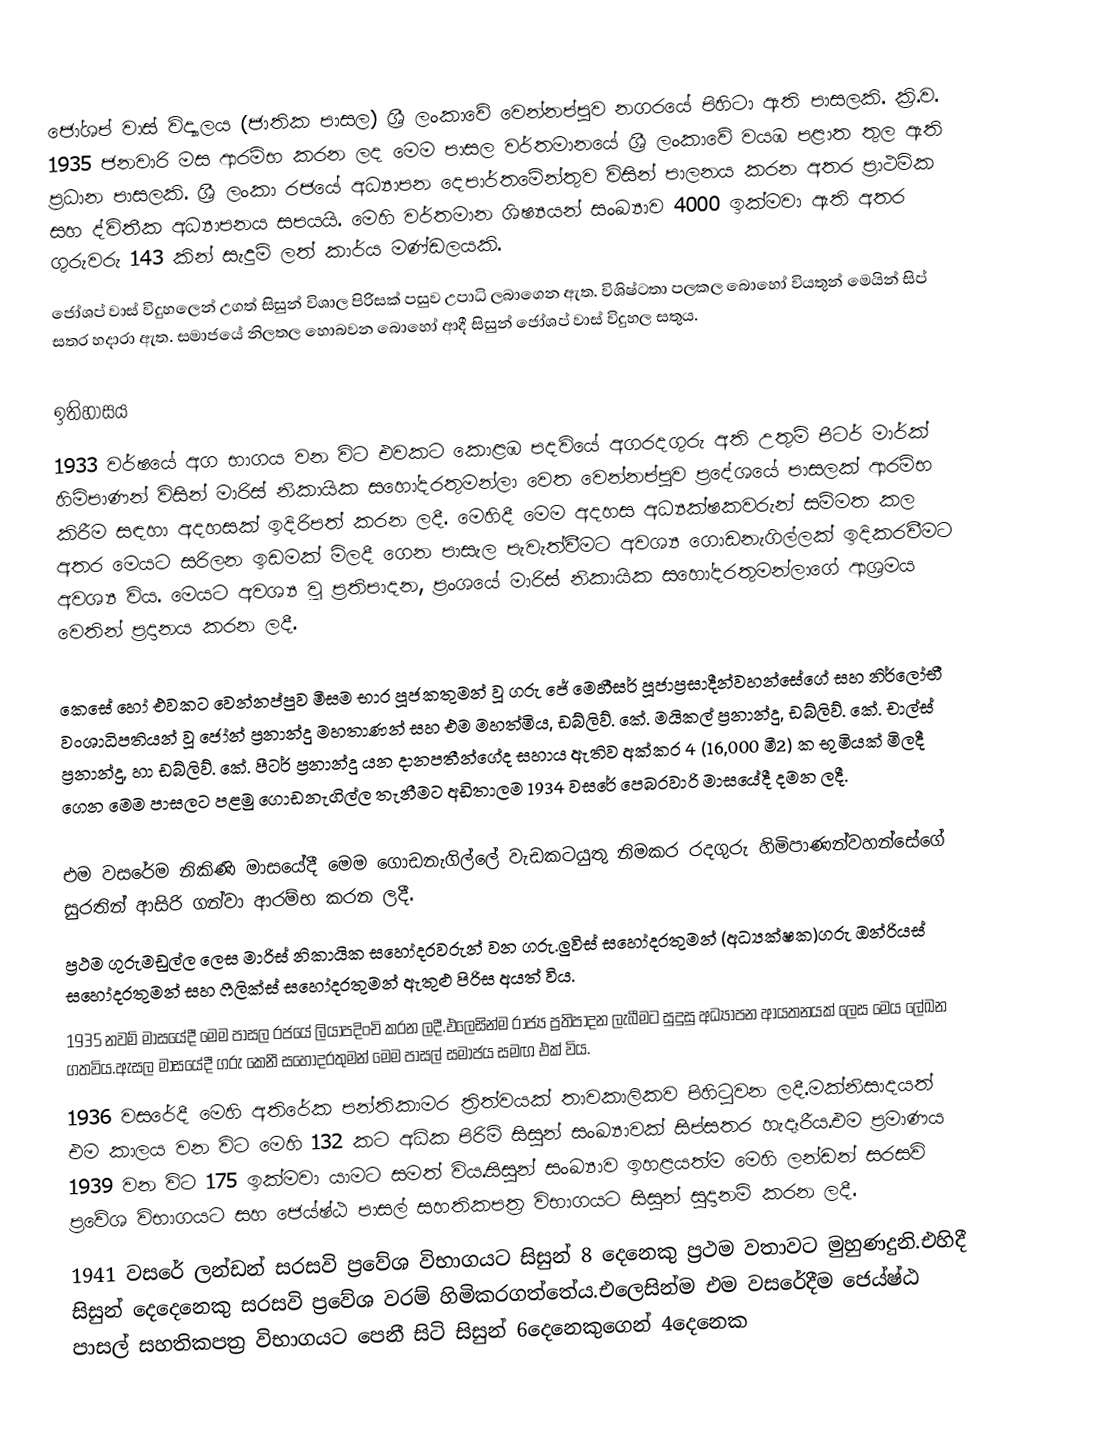
ජෝශප් වාස් විද්‍යාලය (ජාතික පාසල) ශ්‍රී ලංකාවේ වෙන්නප්පුව නගරයේ පිහිටා ඇති පාසලකි. ක්‍රි.ව. 1935 ජනවාරි මස ආරම්භ කරන ලද මෙම පාසල වර්තමානයේ ශ්‍රී ලංකාවේ වයඹ පළාත තුල ඇති ප්‍රධාන පාසලකි. ශ්‍රී ලංකා රජයේ අධ්‍යාපන දෙපාර්තමේන්තුව විසින් පාලනය කරන අතර ප්‍රාථමික සහ ද්විතීක අධ්‍යාපනය සපයයි. මෙහි වර්තමාන ශිෂ්‍යයන් සංඛ්‍යාව 4000 ඉක්මවා ඇති අතර ගුරුවරු 143 කින් සැදුම් ලත් කාර්ය මණ්ඩලයකි.
ජෝශප් වාස් විදුහලෙන් උගත් සිසුන් ‍‍විශාල පිරිසක් පසුව උපාධි ලබාගෙන ඇත. විශිෂ්ටතා පලකල බොහෝ වියතුන් මෙයින් සිප් සතර හදාරා ඇත. සමාජයේ නිලතල හොබවන බොහෝ ආදී සිසුන් ජෝශප් වාස් විදුහල සතුය.

ඉතිහාසය
1933 වර්ෂයේ අග භාගය වන විට එවකට කොළඹ පදවියේ අගරදගුරු අති උතුම් පීටර් මාර්ක් හිමිපාණන් විසින් මාරිස්  නිකායික සහෝදරතුමන්ලා වෙත වෙන්නප්පුව ප්‍රදේශයේ පාසලක් ආරම්භ කිරීම සඳහා අදහසක් ඉදිරිපත් කරන ලදී. මෙහිදී මෙම අදහස අධ්‍යක්ෂකවරුන් සම්මත කල අතර මෙයට සරිලන ඉඩමක් මිලදී ගෙන පාසැල පැවැත්වීමට අවශ්‍ය ගොඩනැගිල්ලක් ඉදිකරවීමට අවශ්‍ය විය. මෙයට අවශ්‍ය වූ ප්‍රතිපාදන, ප්‍රංශයේ මාරිස්  නිකායික සහෝදරතුමන්ලාගේ ආශ්‍රමය වෙතින් ප්‍රදානය කරන ලදී.

කෙසේ හෝ එවකට වෙන්නප්පුව මීසම භාර පූජකතුමන් වූ ගරු ජේ මෙහීසර් පූජාප්‍රසාදීන්වහන්සේගේ සහ නිර්ලෝභී වංශාධිපතියන් වූ ජෝන් ප්‍රනාන්දු මහතාණන් සහ එම මහත්මිය,  ඩබ්ලිව්. කේ. මයිකල් ප්‍රනාන්දු, ඩබ්ලිව්. කේ. චාල්ස් ප්‍රනාන්දු, හා  ඩබ්ලිව්. කේ. පීටර් ප්‍රනාන්දු යන දානපතීන්ගේද සහාය ඇතිව අක්කර 4  (16,000 මී2) ක භුමියක් මිලදී ගෙන මෙම පාසලට පළමු ගොඩනැගිල්ල තැනීමට අඩිතාලම 1934 වසරේ පෙබරවාරි මාසයේදී දමන ලදී.

එම වසරේම නිකිණි මාසයේදී මෙම ගොඩනැගිල්ලේ වැඩකටයුතු නිමකර රදගුරු හිමිපාණන්වහන්සේගේ සුරතින් ආසිරි ගන්වා ආරම්භ කරන ලදී.
ප්‍රථම ගුරුමඩුල්ල ලෙස මාරිස් නිකායික සහෝදරවරුන් වන ගරු.ලුවිස් සහෝදරතුමන් (අධ්‍යක්ෂක)ගරු ඔන්රියස් සහෝදරතුමන් සහ ෆීලික්ස් සහෝදරතුමන් ඇතුළු පිරිස අයත් විය.
1935 නවම් මාසයේදී මෙම පාසල රජයේ ලියාපදිංචි කරන ලදී.එලෙසින්ම රාජ්‍ය ප්‍රතිපාදන ලැබීමට සුදුසු අධ්‍යාපන ආයතනයක් ලෙස මෙය ලේඛන ගතවිය.ඇසල මාසයේදී ගරු කෙනී සහෝදරතුමන් මෙම පාසල් සමාජය සමඟ එක් විය.
1936 වසරේදී මෙහි අතිරේක පන්තිකාමර ත්‍රිත්වයක් තාවකාලිකව පිහිටුවන ලදී.මක්නිසාදයත් එම කාලය වන විට මෙහි 132 කට අධික පිරිමි සිසුන් සංඛ්‍යාවක් සිප්සතර හැදෑරීය.එම ප්‍රමාණය 1939 වන විට 175 ඉක්මවා යාමට සමත් විය.සිසුන් සංඛ්‍යාව ඉහළයත්ම මෙහි ලන්ඩන් සරසවි ප්‍රවේශ විභාගයට  සහ ජෙය්ෂ්ඨ පාසල් සහතිකපත්‍ර විභාගයට සිසුන් සුදානම් කරන ලදී.
1941 වසරේ ලන්ඩන් සරසවි ප්‍රවේශ විභාගයට සිසුන් 8 දෙනෙකු ප්‍රථම වතාවට මුහුණදුනි.එහිදී සිසුන් දෙදෙනෙකු සරසවි ප්‍රවේශ වරම් හිමිකරගත්තේය.එලෙසින්ම එම වසරේදීම ජෙය්ෂ්ඨ පාසල් සහතිකපත්‍ර විභාගයට පෙනී සිටි සිසුන් 6දෙනෙකුගෙන් 4දෙනෙක